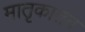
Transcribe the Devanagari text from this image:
मातृकातंत्र